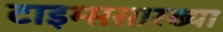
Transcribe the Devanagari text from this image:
टाइम्ससारख्या